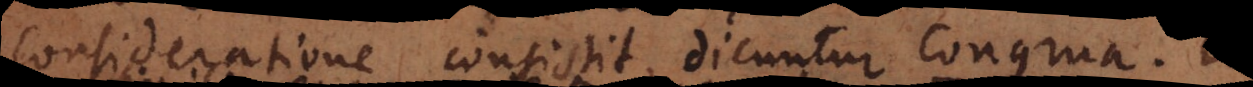
consideratione consistit, dicuntur C